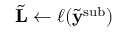
\tilde { \mathbf { L } } \gets \ell ( \tilde { \mathbf { y } } ^ { \mathrm { s u b } } )